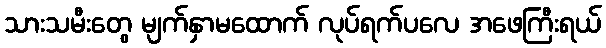
သားသမီးတွေ မျက်နှာမထောက် လုပ်ရက်ပလေ အဖေကြီးရယ်